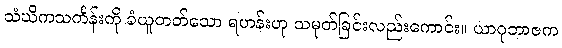
သံဃိကသင်္ကန်းကို ခံယူတတ်သော ရဟန်းဟု သမုတ်ခြင်းလည်းကောင်း။ ယာဂုဘာဇက